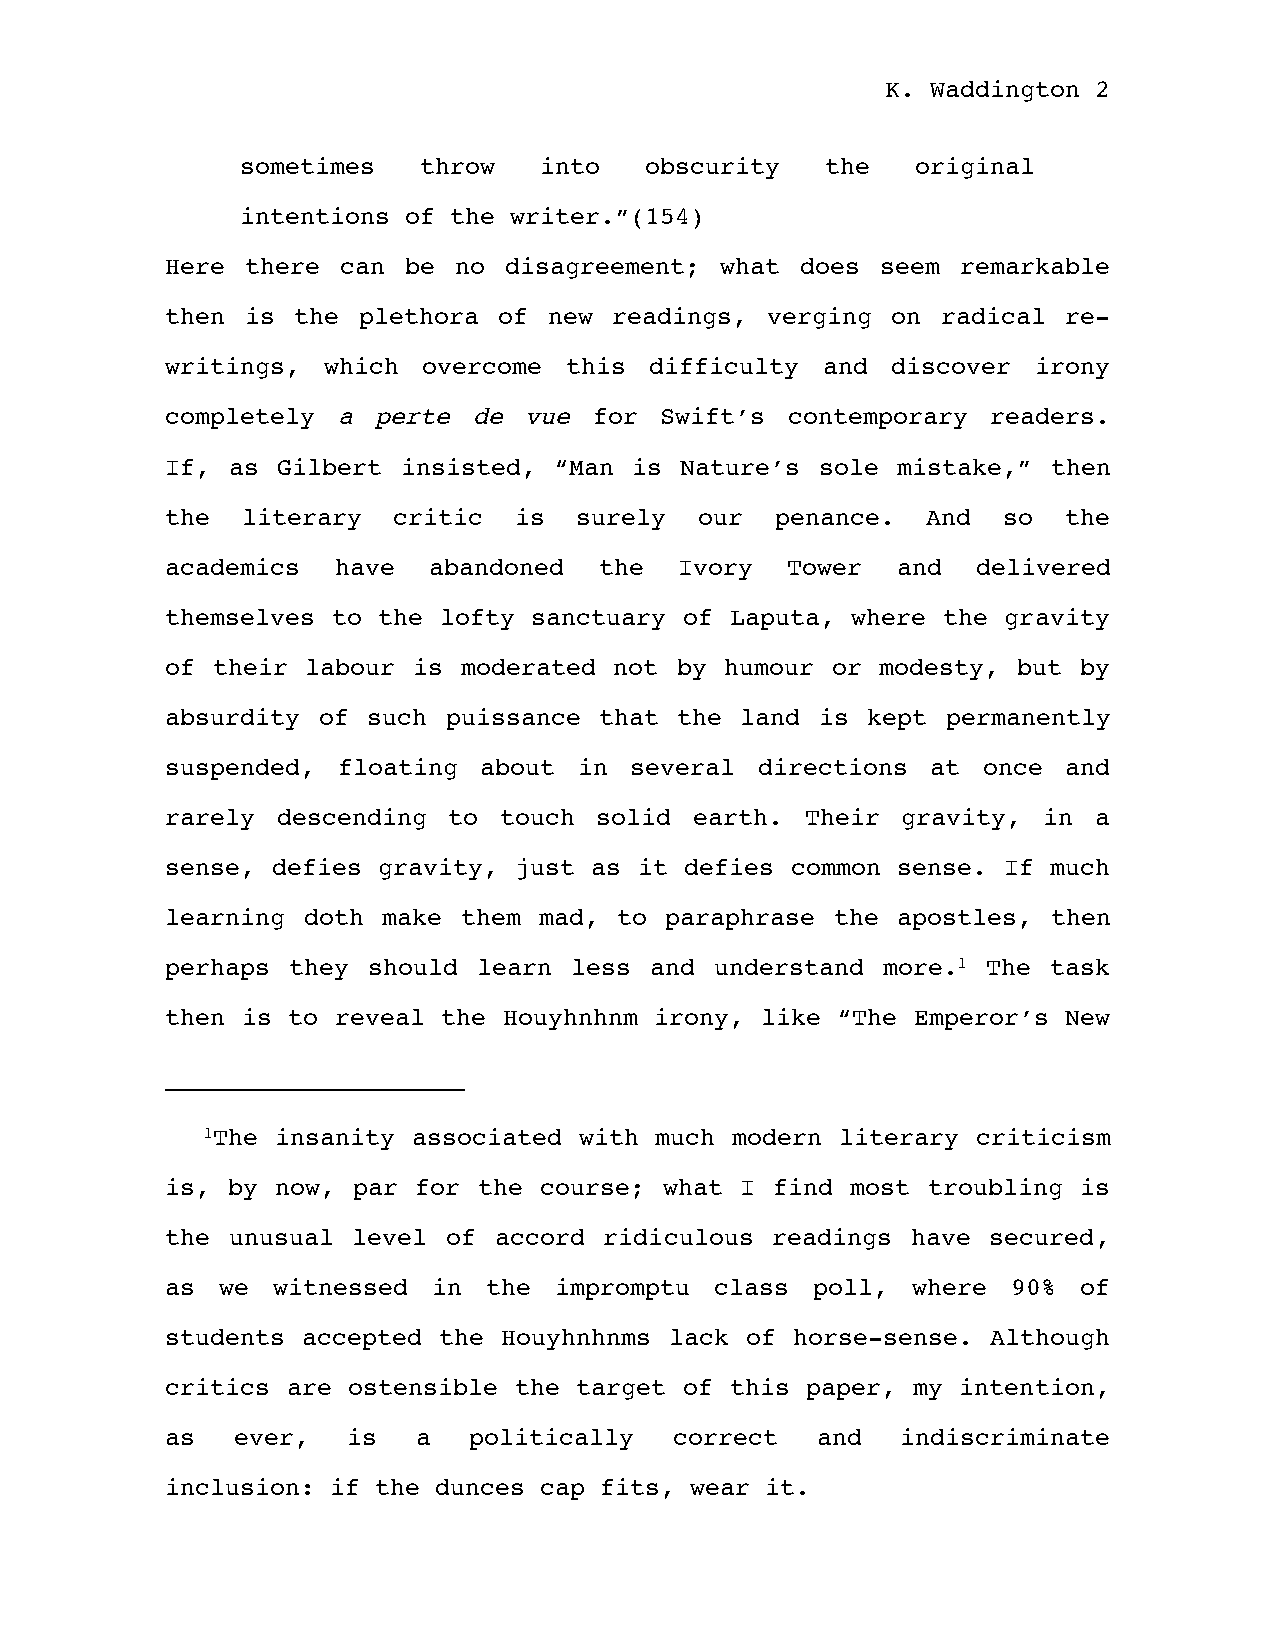
K. Waddington 2
 sometimes   throw   into   obscurity   the   original
 intentions of the writer.”(154)
 Here there  can be no disagreement;  what does seem  remarkable
 then is the  plethora of new  readings, verging on radical  re-
 writings, which  overcome this  difficulty and  discover  irony
 completely a  perte de  vue for  Swift’s contemporary  readers.
 If, as Gilbert  insisted, “Man is Nature’s sole mistake,”  then
 the  literary  critic  is  surely  our  penance.  And  so  the
 academics  have  abandoned   the  Ivory  Tower  and   delivered
 themselves to the lofty sanctuary of Laputa, where the gravity
 of their labour is  moderated not by humour or modesty, but by
 absurdity of such  puissance that the land is kept  permanently
 suspended, floating  about in  several directions  at once  and
 rarely descending  to touch solid  earth. Their  gravity, in a
 sense, defies gravity, just as it defies common sense. If  much
 learning doth make  them mad, to paraphrase the apostles,  then
 perhaps they should  learn less and understand more.1 The  task
 then is to reveal the Houyhnhnm irony, like “The Emperor’s  New
 1The insanity associated with much modern  literary criticism
 is, by now, par for  the course; what I find most troubling  is
 the unusual level  of accord ridiculous readings have secured,
 as  we witnessed  in the  impromptu class  poll, where  90%  of
 students accepted the Houyhnhnms lack of horse-sense.  Although
 critics are ostensible the target of this paper, my  intention,
 as  ever,   is   a  politically   correct  and   indiscriminate
 inclusion: if the dunces cap fits, wear it.